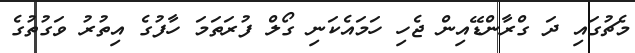
މެޗުގައި ދަ ގްރާންޑޭއިން ޖެހި ހަމައެކަނި ގޯލް ފުރަތަމަ ހާފުގެ އިތުރު ވަގުތުގެ